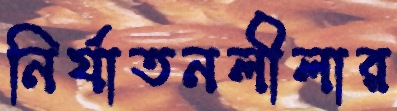
নির্যাতনলীলার